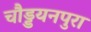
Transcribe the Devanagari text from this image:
चौड्डयनपुरा